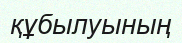
құбылуының